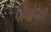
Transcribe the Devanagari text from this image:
पोपांपेक्षा